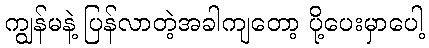
ကျွန်မနဲ့ ပြန်လာတဲ့အခါကျတော့ ပို့ပေးမှာပေါ့